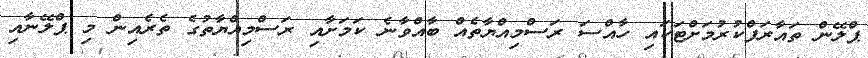
ޕްލޭން ތައާރަފްކުރުމަށްޓަކައި ހާއްސަ ރަސްމިއްޔާތެއް ބާއްވާނެ ކަމަށާއި ރަސްމިއްޔާތުގެ ތެރެއިން މި ޕްލޭނާއި